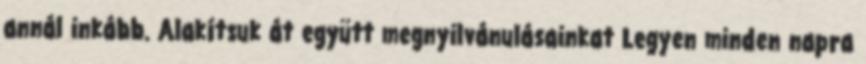
annál inkább. Alakítsuk át együtt megnyilvánulásainkat Legyen minden napra